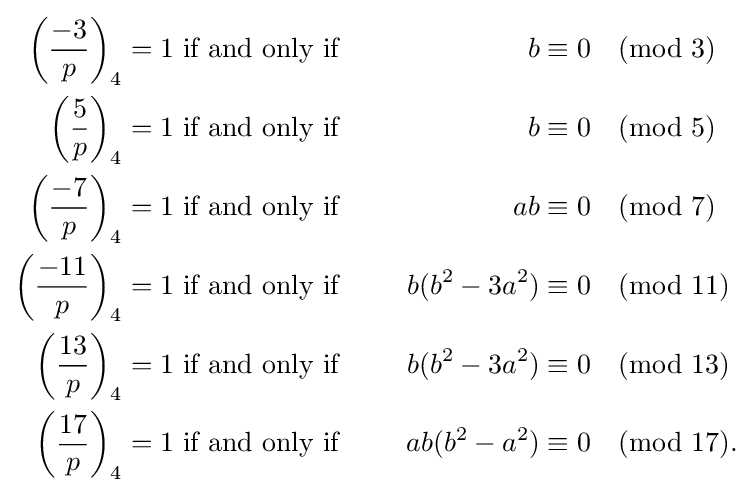
{\begin{aligned}\left({\frac {-3}{p}}\right)_{4}=1&{\mbox{ if and only if }}&b&\equiv 0{\pmod {3}}\\\left({\frac {5}{p}}\right)_{4}=1&{\mbox{ if and only if }}&b&\equiv 0{\pmod {5}}\\\left({\frac {-7}{p}}\right)_{4}=1&{\mbox{ if and only if }}&ab&\equiv 0{\pmod {7}}\\\left({\frac {-11}{p}}\right)_{4}=1&{\mbox{ if and only if }}&b(b^{2}-3a^{2})&\equiv 0{\pmod {11}}\\\left({\frac {13}{p}}\right)_{4}=1&{\mbox{ if and only if }}&b(b^{2}-3a^{2})&\equiv 0{\pmod {13}}\\\left({\frac {17}{p}}\right)_{4}=1&{\mbox{ if and only if }}\;\;\;\;&ab(b^{2}-a^{2})&\equiv 0{\pmod {17}}.\\\end{aligned}}